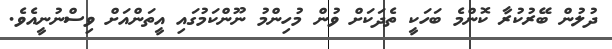
ދުލުން ބޭރުކުރާ ކޮންމެ ބަހަކީ ތެދަކަށް ވުން މުހިންމު ނޫންކަމުގައި އީތަންއަށް ވިސްނުނީއެވެ.